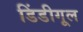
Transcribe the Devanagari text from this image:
डिंडीगूल